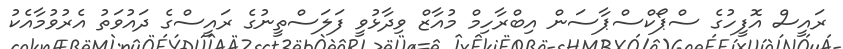
ރައީސް އޮފީހުގެ ސްޕޯކްސްޕާސަން އިބްރާހިމް މުއާޒް ވިދާޅުވީ ފަލަސްތީނުގެ ރައީސްގެ ދައުވަތު އެރުވުމާއެކު